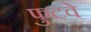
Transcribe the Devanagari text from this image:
फुटवे